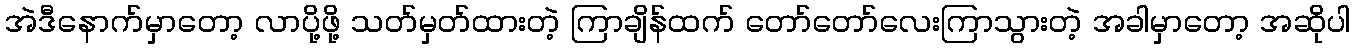
အဲဒီနောက်မှာတော့ လာပို့ဖို့ သတ်မှတ်ထားတဲ့ ကြာချိန်ထက် တော်တော်လေးကြာသွားတဲ့ အခါမှာတော့ အဆိုပါ